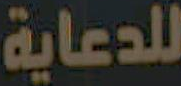
للدعاية